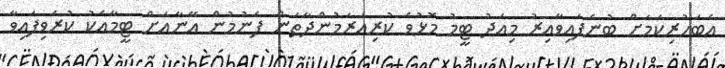
އެބަހުރިކަމަށް ބުނެފައިވާއިރު މިއަދު ޓީމު މޮޅުވެ ކުރިއަރަމުންދާތަން ފެނުމުން އޭނާއަށް ޓީމާއެކު ކުރެވިފައިވާ